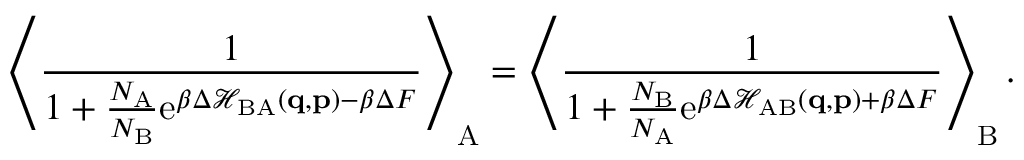
\left\langle \frac { 1 } { 1 + \frac { N _ { \mathrm { A } } } { N _ { \mathrm { B } } } \mathrm { e } ^ { \beta \Delta \mathcal { H } _ { \mathrm { B A } } ( \mathbf { q } , \mathbf { p } ) - \beta \Delta F } } \right\rangle _ { \mathrm { A } } = \left\langle \frac { 1 } { 1 + \frac { N _ { \mathrm { B } } } { N _ { \mathrm { A } } } \mathrm { e } ^ { \beta \Delta \mathcal { H } _ { \mathrm { A B } } ( \mathbf { q } , \mathbf { p } ) + \beta \Delta F } } \right\rangle _ { \mathrm { B } } .